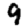
Digit: 9